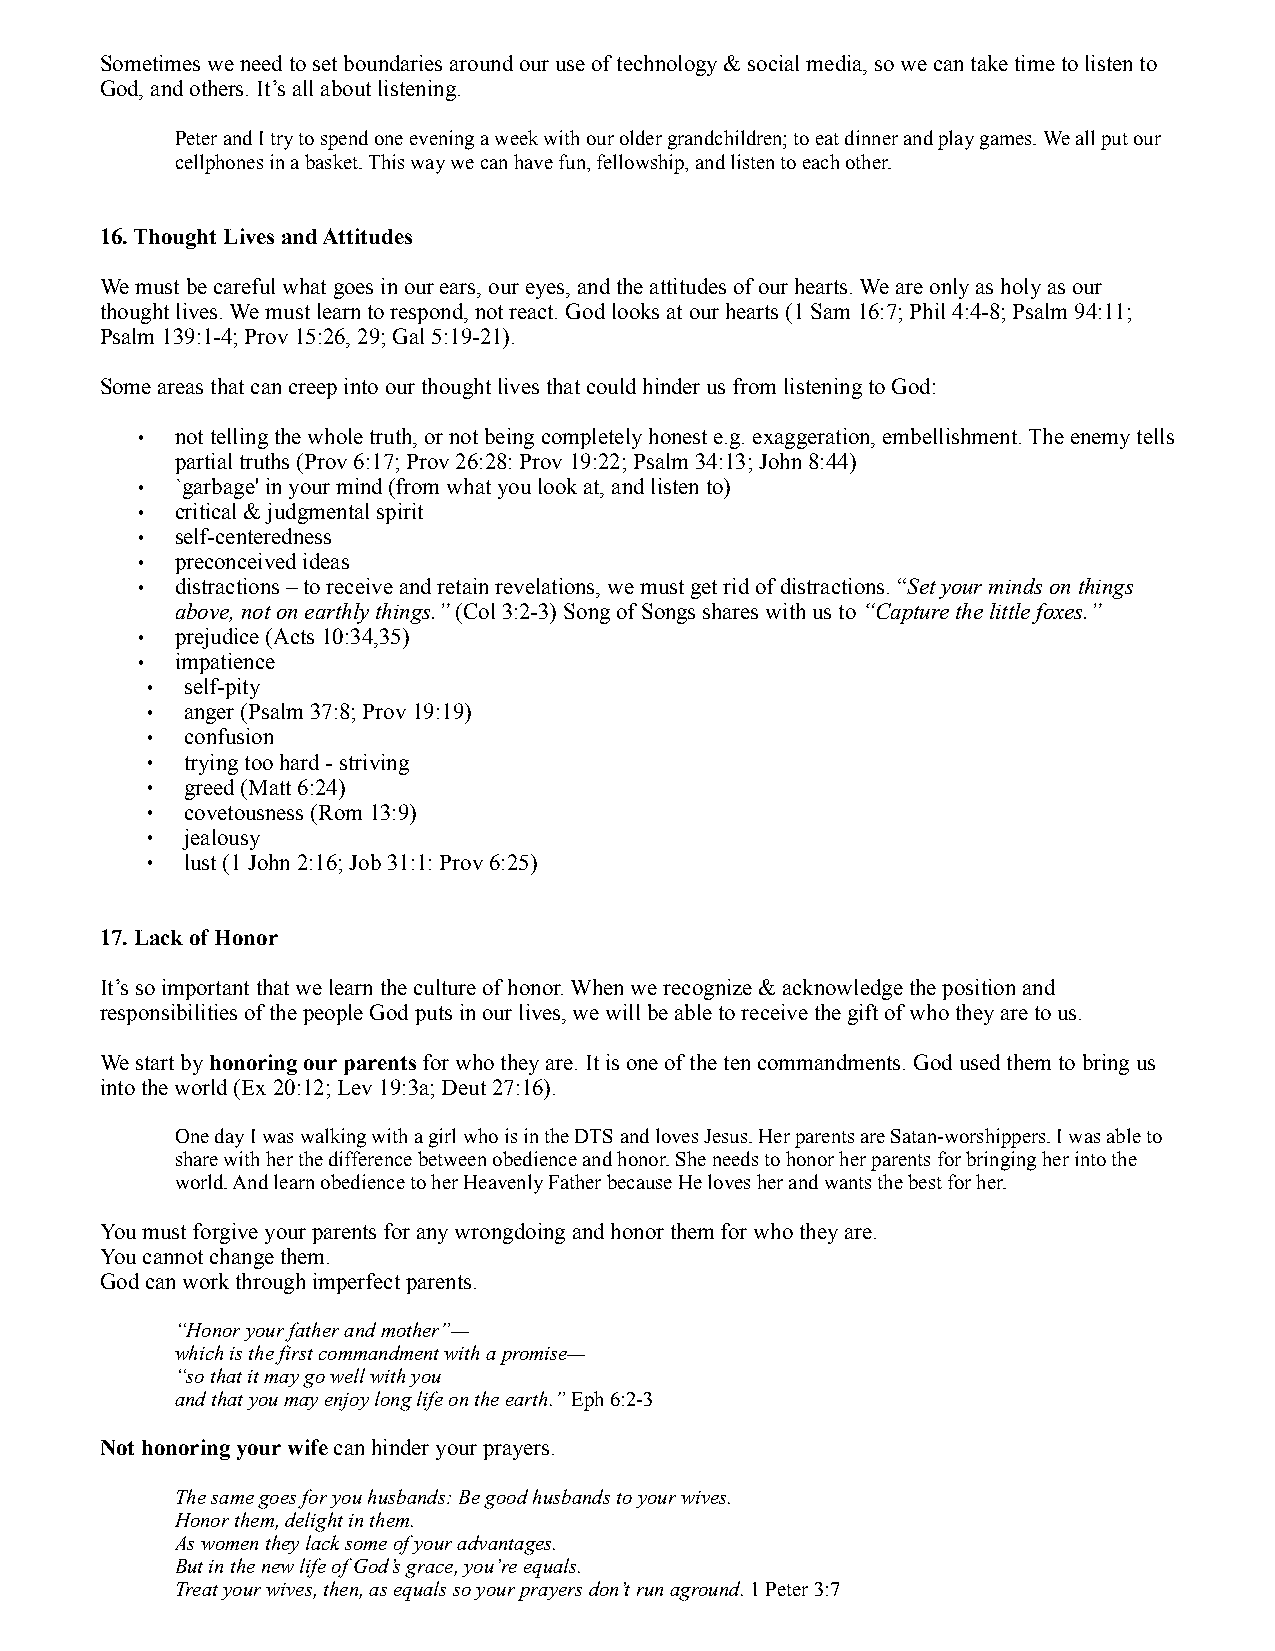
Sometimes we need to set boundaries around our use of technology & social media, so we can take time to listen to
 God, and others. It’s all about listening.
 Peter and I try to spend one evening a week with our older grandchildren; to eat dinner and play games. We all put our
 cellphones in a basket. This way we can have fun, fellowship, and listen to each other.
 16. Thought Lives and Attitudes
 We must be careful what goes in our ears, our eyes, and the attitudes of our hearts. We are only as holy as our
 thought lives. We must learn to respond, not react. God looks at our hearts (1 Sam 16:7; Phil 4:4-8; Psalm 94:11;
 Psalm 139:1-4; Prov 15:26, 29; Gal 5:19-21).
 Some areas that can creep into our thought lives that could hinder us from listening to God:
 •  not telling the whole truth, or not being completely honest e.g. exaggeration, embellishment. The enemy tells
 partial truths (Prov 6:17; Prov 26:28: Prov 19:22; Psalm 34:13; John 8:44)
 •  `garbage' in your mind (from what you look at, and listen to)
 •  critical & judgmental spirit
 •  self-centeredness
 •  preconceived ideas
 •  distractions – to receive and retain revelations, we must get rid of distractions. “Set your minds on things
 above, not on earthly things.” (Col 3:2-3) Song of Songs shares with us to “Capture the little foxes.”
 •  prejudice (Acts 10:34,35)
 •  impatience
 • self-pity
 • anger (Psalm 37:8; Prov 19:19)
 • confusion
 • trying too hard - striving
 • greed (Matt 6:24)
 • covetousness (Rom 13:9)
 • jealousy
 • lust (1 John 2:16; Job 31:1: Prov 6:25)
 17. Lack of Honor
 It’s so important that we learn the culture of honor. When we recognize & acknowledge the position and
 responsibilities of the people God puts in our lives, we will be able to receive the gift of who they are to us.
 We start by honoring our parents for who they are. It is one of the ten commandments. God used them to bring us
 into the world (Ex 20:12; Lev 19:3a; Deut 27:16).
 One day I was walking with a girl who is in the DTS and loves Jesus. Her parents are Satan-worshippers. I was able to
 share with her the difference between obedience and honor. She needs to honor her parents for bringing her into the
 world. And learn obedience to her Heavenly Father because He loves her and wants the best for her.
 You must forgive your parents for any wrongdoing and honor them for who they are.
 You cannot change them.
 God can work through imperfect parents.
 “Honor your father and mother”—
 which is the first commandment with a promise—
 “so that it may go well with you
 and that you may enjoy long life on the earth.” Eph 6:2-3
 Not honoring your wife can hinder your prayers.
 The same goes for you husbands: Be good husbands to your wives.
 Honor them, delight in them.
 As women they lack some of your advantages.
 But in the new life of God’s grace, you’re equals.
 Treat your wives, then, as equals so your prayers don’t run aground. 1 Peter 3:7